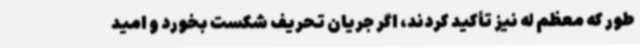
طور که معظم له نیز تأکید کردند، اگر جریان تحریف شکست بخورد و امید